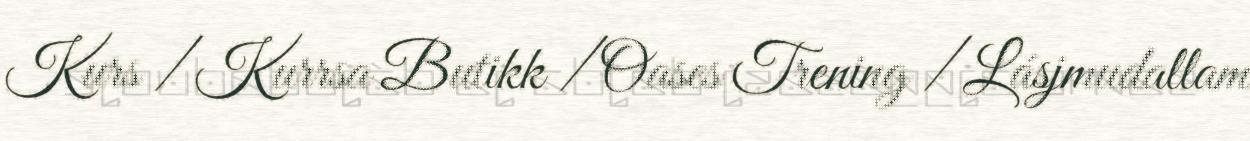
Kurs / Kurrsa Butikk / Oases Trening / Lásjmudallam